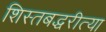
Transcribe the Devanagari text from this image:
शिस्तबद्धरीत्या